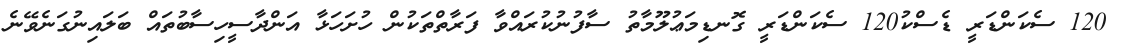
120 ސެކަންޑަރީ ޑެސްކު120 ސެކަންޑަރީ ގޮނޑިމަޢުލޫމާތު ސާފުނުކުރައްވާ ފަރާތްތަކުން ހުށަހަޅާ އަންދާސީހިސާބުތައް ބަލައިނުގަނެވޭނެ